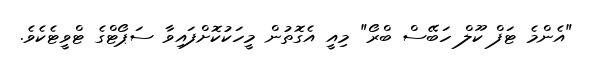
"އެންމެ ޓަފް ކޫލް ހަބޭސް ބްރޯ" މިއީ އެގޮތުން މީހަކުކޮށްފައިވާ ސަޕޯޓްގެ ޓްވީޓެކެވެ.